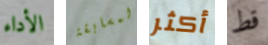
الأداء لمسابقة أكثر قط